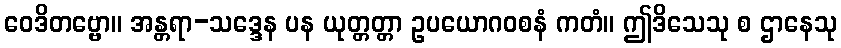
ဝေဒိတဗ္ဗော။ အန္တရာ-သဒ္ဒေန ပန ယုတ္တတ္တာ ဥပယောဂဝစနံ ကတံ။ ဤဒိသေသု စ ဌာနေသု